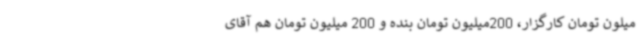
میلون تومان کارگزار، 200میلیون تومان بنده و 200 میلیون تومان هم آقای